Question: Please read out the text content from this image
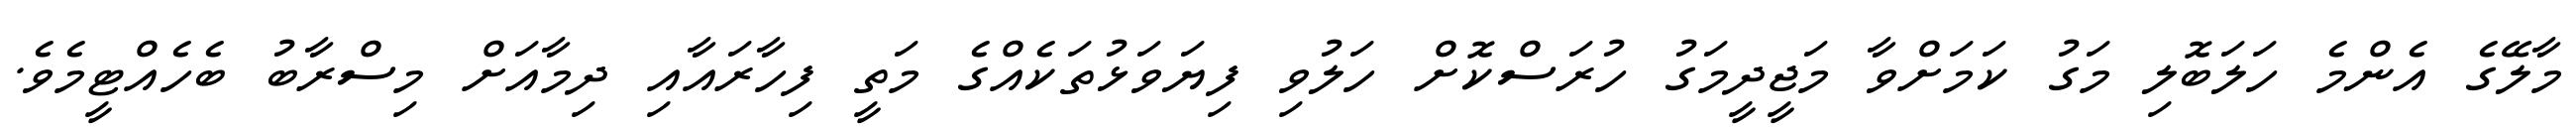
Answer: މާލޭގެ އެންމެ ހަލަބޮލި މަގު ކަމަށްވާ މަޖީދީމަގު ހުރަސްކޮށް ހަލުވި ފިޔަވަޅުތަކެއްގެ މަތީ ފިހާރައާއި ދިމާއަށް މިސްރާބު ބެހެއްޓީމެވެ.